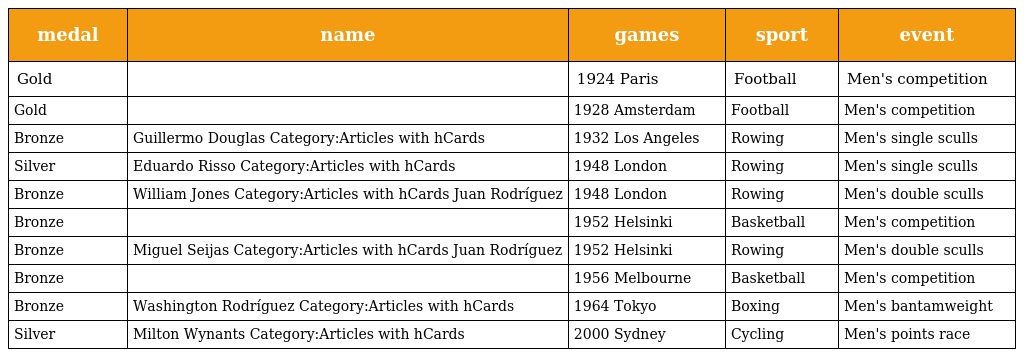
| medal | name | games | sport | event |
 | --- | --- | --- | --- | --- |
 | Gold |  | 1924 Paris | Football | Men's competition |
 | Gold |  | 1928 Amsterdam | Football | Men's competition |
 | Bronze | Guillermo Douglas Category:Articles with hCards | 1932 Los Angeles | Rowing | Men's single sculls |
 | Silver | Eduardo Risso Category:Articles with hCards | 1948 London | Rowing | Men's single sculls |
 | Bronze | William Jones Category:Articles with hCards Juan Rodríguez | 1948 London | Rowing | Men's double sculls |
 | Bronze |  | 1952 Helsinki | Basketball | Men's competition |
 | Bronze | Miguel Seijas Category:Articles with hCards Juan Rodríguez | 1952 Helsinki | Rowing | Men's double sculls |
 | Bronze |  | 1956 Melbourne | Basketball | Men's competition |
 | Bronze | Washington Rodríguez Category:Articles with hCards | 1964 Tokyo | Boxing | Men's bantamweight |
 | Silver | Milton Wynants Category:Articles with hCards | 2000 Sydney | Cycling | Men's points race |